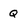
Character: Q